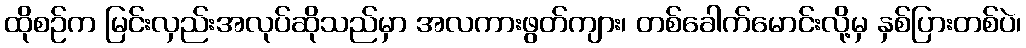
ထိုစဉ်က မြင်းလှည်းအလုပ်ဆိုသည်မှာ အလကားဖွတ်ကျား၊ တစ်ခေါက်မောင်းလို့မှ နှစ်ပြားတစ်ပဲ၊